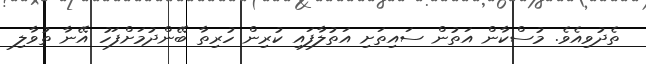
ތެދުވިއެވެ. މުސްކާން އަތުން ސައިތަށި އަތުލާފައި ކުރިން ހުރިތާ ބޭންދުމަށްފަހު އޭނާ ތުވާލި